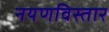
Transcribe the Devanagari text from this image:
नयणविस्तार